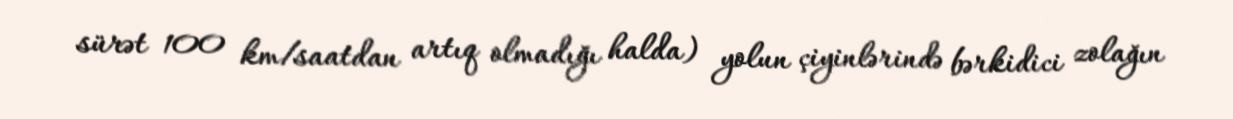
sürət 100 km/saatdan artıq olmadığı halda) yolun çiyinlərində bərkidici zolağın